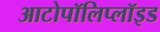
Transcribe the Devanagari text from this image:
आटोपॉलिप्लॉइड